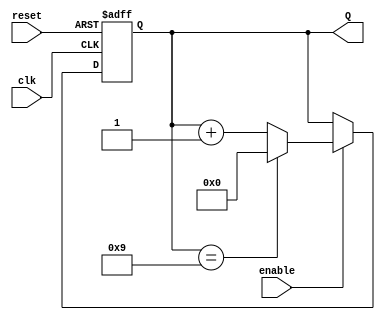
module decade_counter (
    input wire clk,        // Clock input
    input wire reset,      // Asynchronous reset input
    input wire enable,     // Enable input
    output reg [3:0] Q     // 4-bit output representing the current count
);

    // Asynchronous reset and counting logic
    always @(posedge clk or posedge reset) begin
        if (reset) begin
            Q <= 4'b0000;  // Reset the counter to 0
        end else if (enable) begin
            if (Q == 4'b1001) begin
                Q <= 4'b0000;  // Reset to 0 when reaching 10 (binary 1010)
            end else begin
                Q <= Q + 1;    // Increment the counter
            end
        end
    end

endmodule